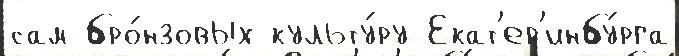
сам бро́нзовых культу́ру Екат'ер'инбу́рга